Lunatic asylums Central Provinces reports 1874-1885 - 1874-1885
Year: 1874
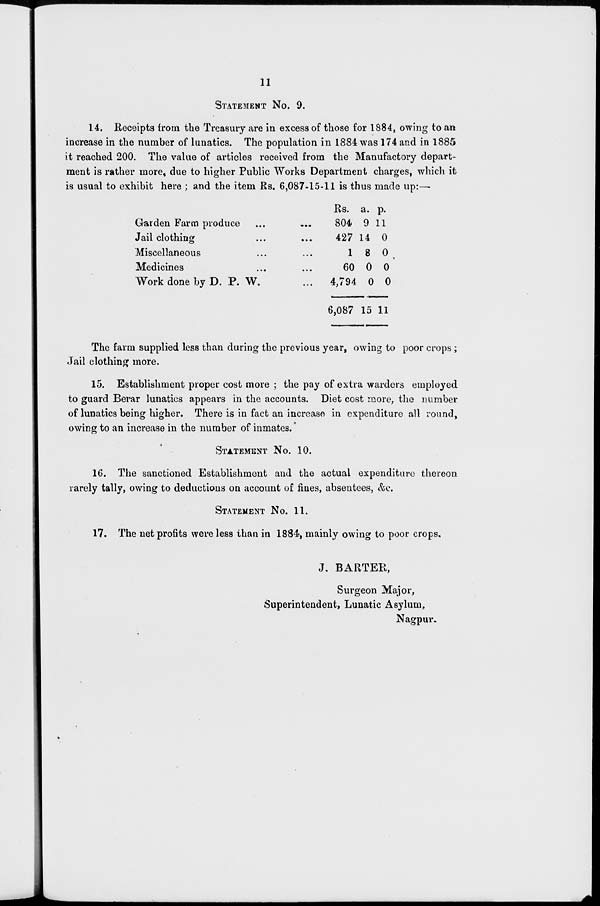
11
STATEMENT No. 9.
14. Receipts from the Treasury are in excess of those for 1884, owing to an
increase in the number of lunatics. The population in 1884 was 174 and in 1885
it reached 200. The value of articles received from the Manufactory depart-
ment is rather more, due to higher Public Works Department charges, which it
is usual to exhibit here ; and the item Rs. 6,087-15-11 is thus made up:—
Garden Farm produce ... ...
Jail clothing ... ...
Miscellaneous ... ...
Medicines ... ...
Work done by D. P. W. ...
Rs.
804
427
1
60
4,794
6,087
a.
9
14
8
0
0
15
p.
11
0
0
0
0
11
The farm supplied less than during the previous year, owing to poor crops;
Jail clothing more.
15. Establishment proper cost more ; the pay of extra warders employed
to guard Berar lunatics appears in the accounts. Diet cost more, the number
of lunatics being higher. There is in fact an increase in expenditure all round,
owing to an increase in the number of inmates.
STATEMENT No. 10.
16. The sanctioned Establishment and the actual expenditure thereon
rarely tally, owing to deductions on account of fines, absentees, &c.
STATEMENT No. 11.
17. The net profits were less than in 1884, mainly owing to poor crops.
J. BARTER,
Surgeon Major,
Superintendent, Lunatic Asylum,
Nagpur.